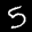
Label: 5